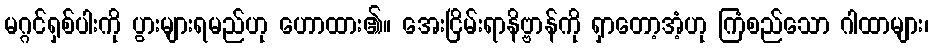
မဂ္ဂင်ရှစ်ပါးကို ပွားများရမည်ဟု ဟောထား၏။ အေးငြိမ်းရာနိဗ္ဗာန်ကို ရှာတော့အံ့ဟု ကြံစည်သော ဂါထာများ၊